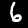
Digit: 6